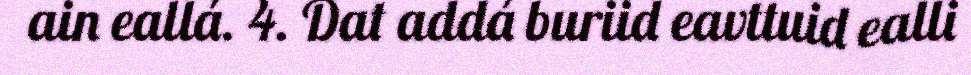
ain eallá. 4. Dat addá buriid eavttuid ealli